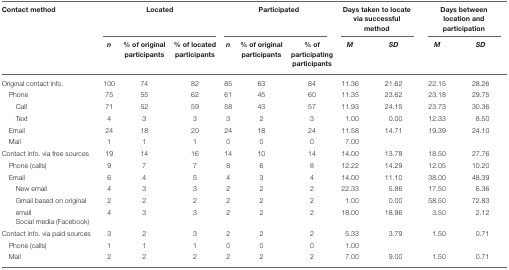
| Contact method | <COLSPAN=3> Located | <COLSPAN=3> Participated | <COLSPAN=2> Days taken to locate via successful method | <COLSPAN=2> Days between location and participation |
 |  | n | % of original participants | % of located participants | n | % of original participants | % of participating participants | M | SD | M | SD |
 | --- | --- | --- | --- | --- | --- | --- | --- | --- | --- | --- |
 | Original contact info. | 100 | 74 | 82 | 85 | 63 | 84 | 11.36 | 21.62 | 22.15 | 28.26 |
 | Phone | 75 | 55 | 62 | 61 | 45 | 60 | 11.35 | 23.62 | 23.18 | 29.75 |
 | Call | 71 | 52 | 59 | 58 | 43 | 57 | 11.93 | 24.15 | 23.73 | 30.36 |
 | Text | 4 | 3 | 3 | 3 | 2 | 3 | 1.00 | 0.00 | 12.33 | 8.50 |
 | Email | 24 | 18 | 20 | 24 | 18 | 24 | 11.58 | 14.71 | 19.39 | 24.10 |
 | Mail | 1 | 1 | 1 | 0 | 0 | 0 | 7.00 |  |  |  |
 | Contact info. via free sources | 19 | 14 | 16 | 14 | 10 | 14 | 14.00 | 13.78 | 18.50 | 27.76 |
 | Phone (calls) | 9 | 7 | 7 | 8 | 6 | 8 | 12.22 | 14.29 | 12.05 | 10.20 |
 | Email | 6 | 4 | 5 | 4 | 3 | 4 | 14.00 | 11.10 | 38.00 | 48.39 |
 | New email | 4 | 3 | 3 | 2 | 2 | 2 | 22.33 | 5.86 | 17.50 | 6.36 |
 | Gmail based on original | 2 | 2 | 2 | 2 | 2 | 2 | 1.00 | 0.00 | 58.50 | 72.83 |
 | email | 4 | 3 | 3 | 2 | 2 | 2 | 18.00 | 18.96 | 3.50 | 2.12 |
 | Social media (Facebook) |  |  |  |  |  |  |  |  |  |  |
 | Contact info. via paid sources | 3 | 2 | 3 | 2 | 2 | 2 | 5.33 | 3.79 | 1.50 | 0.71 |
 | Phone (calls) | 1 | 1 | 1 | 0 | 0 | 0 | 1.00 |  |  |  |
 | Mail | 2 | 2 | 2 | 2 | 2 | 2 | 7.00 | 9.00 | 1.50 | 0.71 |